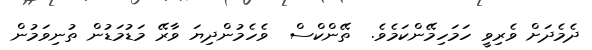
ދެމެދަށް ވެރިވީ ހަމަހިމޭންކަމެވެ.  ތޭންކްސް  ވެހެމުންދިޔަ ވާރޭ މަޑުމަޑުން ތުނިވަމުން